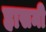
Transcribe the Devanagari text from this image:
हासमी